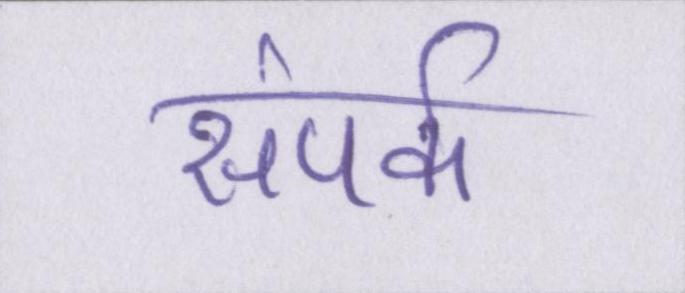
संपर्क